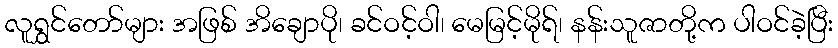
လူရွှင်တော်များ အဖြစ် အိချောပို၊ ခင်ဝင့်ဝါ၊ မေမြင့်မိုရ်၊ နန်းသူဇာတို့က ပါဝင်ခဲ့ပြီး